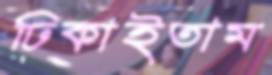
ঢিকাইতাম